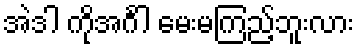
အဲဒါ ကိုအင်္ဂါ မေးမကြည့်ဘူးလား